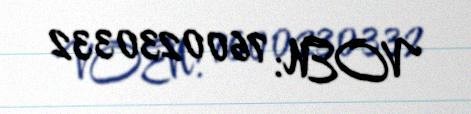
VOEN: 7600230332